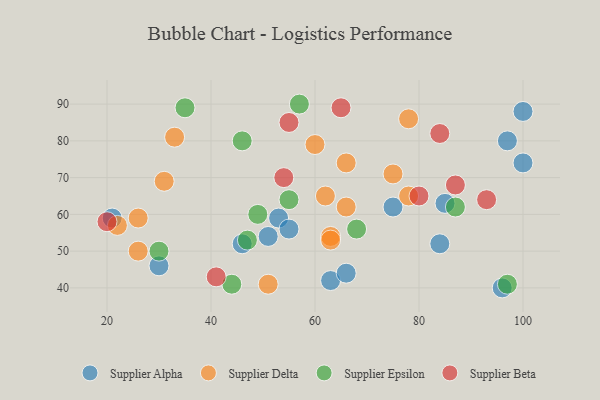
{"axis": {"x": "GDP", "y": "Life Expectancy"}, "legend": ["Supplier Alpha", "Supplier Beta", "Supplier Delta", "Supplier Epsilon"], "data": [{"x": "63", "y": 42, "type": "Supplier Alpha"}, {"x": "84", "y": 52, "type": "Supplier Alpha"}, {"x": "30", "y": 46, "type": "Supplier Alpha"}, {"x": "51", "y": 54, "type": "Supplier Alpha"}, {"x": "53", "y": 59, "type": "Supplier Alpha"}, {"x": "75", "y": 62, "type": "Supplier Alpha"}, {"x": "100", "y": 74, "type": "Supplier Alpha"}, {"x": "55", "y": 56, "type": "Supplier Alpha"}, {"x": "97", "y": 80, "type": "Supplier Alpha"}, {"x": "96", "y": 40, "type": "Supplier Alpha"}, {"x": "21", "y": 59, "type": "Supplier Alpha"}, {"x": "85", "y": 63, "type": "Supplier Alpha"}, {"x": "100", "y": 88, "type": "Supplier Alpha"}, {"x": "46", "y": 52, "type": "Supplier Alpha"}, {"x": "66", "y": 44, "type": "Supplier Alpha"}, {"x": "26", "y": 59, "type": "Supplier Delta"}, {"x": "51", "y": 41, "type": "Supplier Delta"}, {"x": "63", "y": 54, "type": "Supplier Delta"}, {"x": "66", "y": 74, "type": "Supplier Delta"}, {"x": "26", "y": 50, "type": "Supplier Delta"}, {"x": "75", "y": 71, "type": "Supplier Delta"}, {"x": "33", "y": 81, "type": "Supplier Delta"}, {"x": "78", "y": 65, "type": "Supplier Delta"}, {"x": "66", "y": 62, "type": "Supplier Delta"}, {"x": "62", "y": 65, "type": "Supplier Delta"}, {"x": "31", "y": 69, "type": "Supplier Delta"}, {"x": "60", "y": 79, "type": "Supplier Delta"}, {"x": "63", "y": 53, "type": "Supplier Delta"}, {"x": "78", "y": 86, "type": "Supplier Delta"}, {"x": "22", "y": 57, "type": "Supplier Delta"}, {"x": "47", "y": 53, "type": "Supplier Epsilon"}, {"x": "35", "y": 89, "type": "Supplier Epsilon"}, {"x": "97", "y": 41, "type": "Supplier Epsilon"}, {"x": "68", "y": 56, "type": "Supplier Epsilon"}, {"x": "44", "y": 41, "type": "Supplier Epsilon"}, {"x": "87", "y": 62, "type": "Supplier Epsilon"}, {"x": "30", "y": 50, "type": "Supplier Epsilon"}, {"x": "46", "y": 80, "type": "Supplier Epsilon"}, {"x": "57", "y": 90, "type": "Supplier Epsilon"}, {"x": "49", "y": 60, "type": "Supplier Epsilon"}, {"x": "55", "y": 64, "type": "Supplier Epsilon"}, {"x": "65", "y": 89, "type": "Supplier Beta"}, {"x": "84", "y": 82, "type": "Supplier Beta"}, {"x": "20", "y": 58, "type": "Supplier Beta"}, {"x": "55", "y": 85, "type": "Supplier Beta"}, {"x": "41", "y": 43, "type": "Supplier Beta"}, {"x": "87", "y": 68, "type": "Supplier Beta"}, {"x": "80", "y": 65, "type": "Supplier Beta"}, {"x": "54", "y": 70, "type": "Supplier Beta"}, {"x": "93", "y": 64, "type": "Supplier Beta"}]}